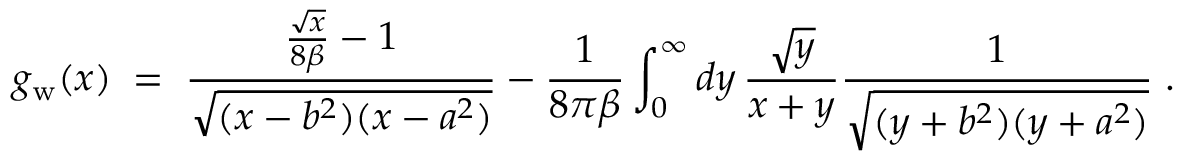
g _ { \mathrm { w } } ( x ) \; = \; { \frac { { \frac { \sqrt { x } } { 8 \beta } } - 1 } { \sqrt { ( x - b ^ { 2 } ) ( x - a ^ { 2 } ) } } } - { \frac { 1 } { 8 \pi \beta } } \int _ { 0 } ^ { \infty } d y \, { \frac { \sqrt { y } } { x + y } } { \frac { 1 } { \sqrt { ( y + b ^ { 2 } ) ( y + a ^ { 2 } ) } } } \; .